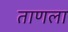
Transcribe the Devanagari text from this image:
ताणला